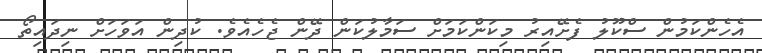
އެހެންކަމުން ސްކޫލު ފެށޭއިރު މިކަންކަމަށް ސަމާލުކަން ދޭން ޖެހެއެވެ. ކުދިން އަވަހަށް ނިދައިތޯ